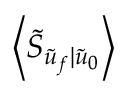
\left\langle \tilde { S } _ { \tilde { u } _ { f } | \tilde { u } _ { 0 } } \right\rangle